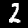
Digit: 2